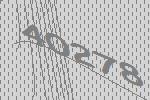
40278